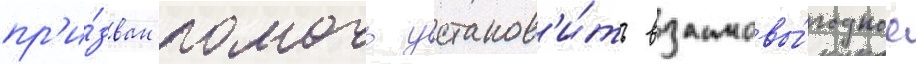
пр'и́зван помочь установ'и́ть взаимовы́годное